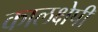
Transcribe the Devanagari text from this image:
कालक्षेपी